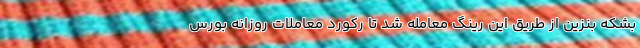
بشکه بنزین از طریق این رینگ معامله شد تا رکورد معاملات روزانه بورس